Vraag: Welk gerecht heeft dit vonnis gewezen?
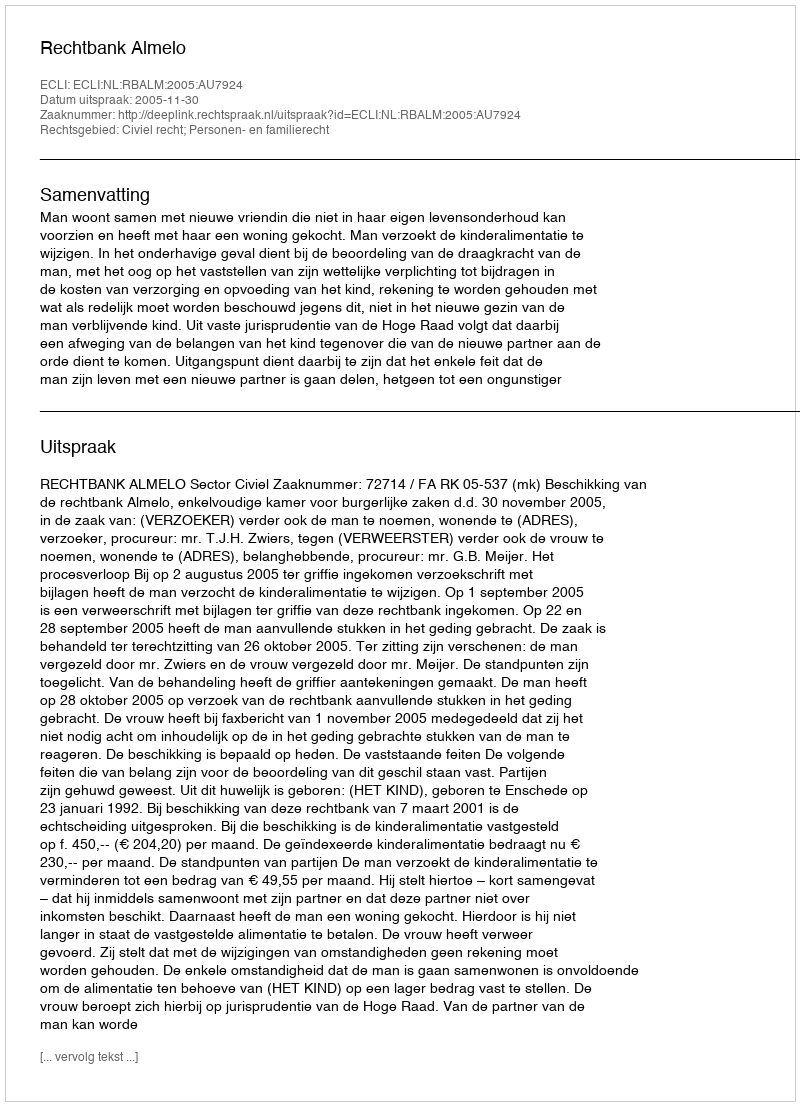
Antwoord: Rechtbank Almelo